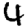
Digit: 4